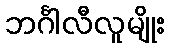
ဘင်္ဂါလီလူမျိုး